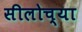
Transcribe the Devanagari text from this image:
सीलोच्या